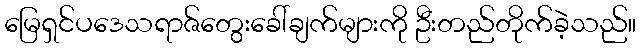
မြေရှင်ပဒေသရာဇ်တွေးခေါ်ချက်များကို ဦးတည်တိုက်ခဲ့သည်။